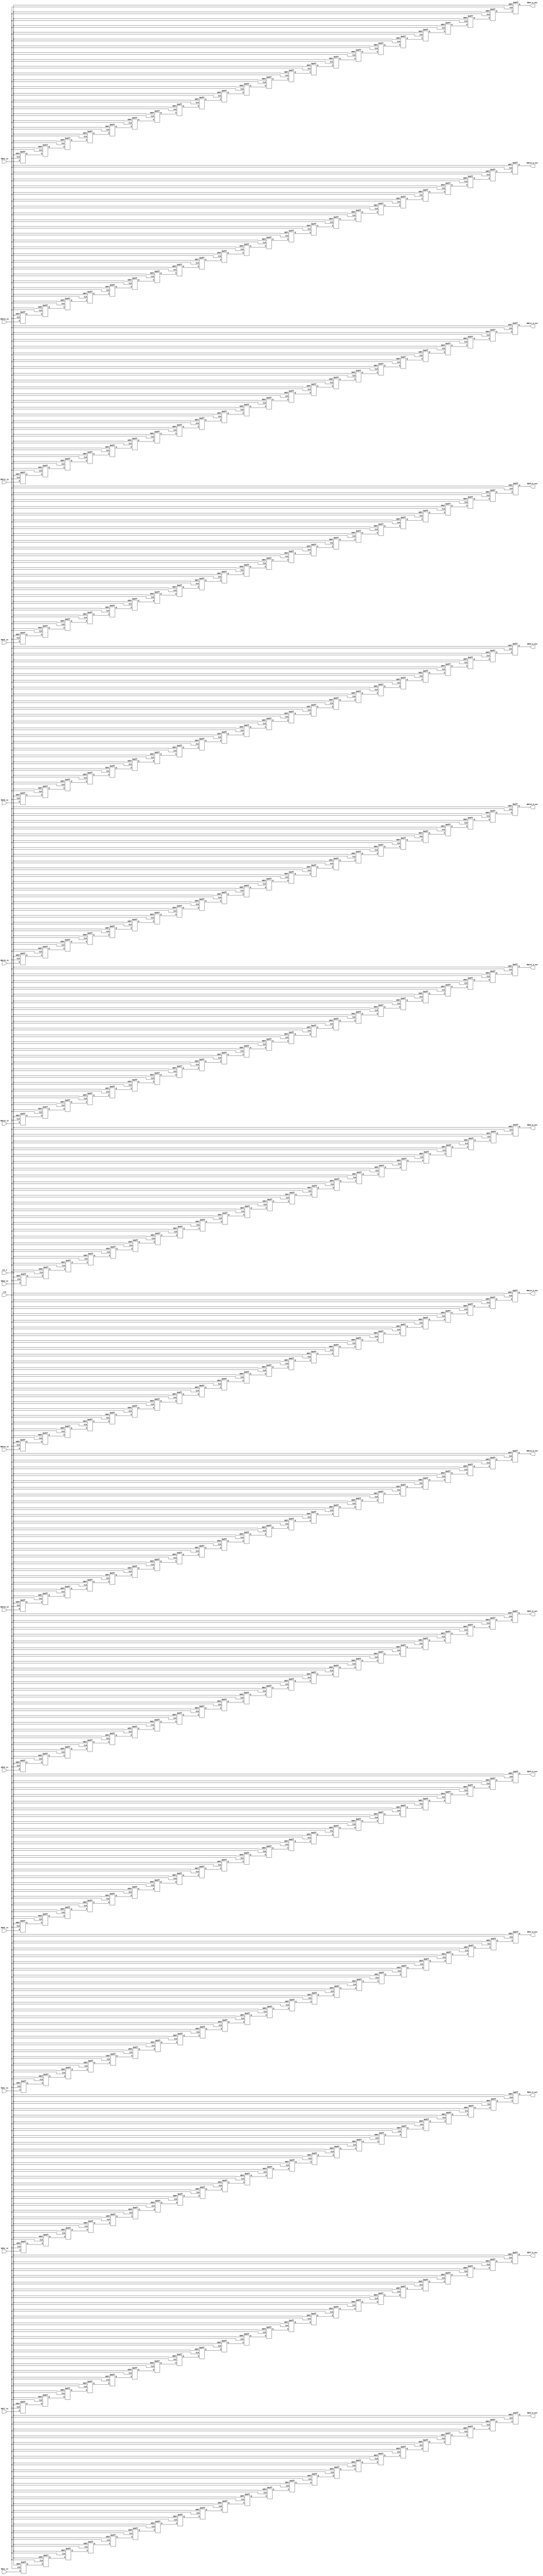
module R16_WD_buf(RDC0_D_out,                               
 			       RDC1_D_out,                              
 				   RDC2_D_out,                              
 				   RDC3_D_out,                              
 				   RDC4_D_out,                              
 				   RDC5_D_out,                              
 				   RDC6_D_out,                              
 				   RDC7_D_out,                              
 				   RDC8_D_out,                              
 				   RDC9_D_out,                              
 				   RDC10_D_out,                             
 				   RDC11_D_out,                             
 				   RDC12_D_out,                             
 				   RDC13_D_out,                             
 				   RDC14_D_out,                             
 				   RDC15_D_out,                             
 		           RDC0_in,                                 
 				   RDC1_in,                                 
 				   RDC2_in,                                 
 				   RDC3_in,                                 
 				   RDC4_in,                                 
 				   RDC5_in,                                 
 				   RDC6_in,                                 
 				   RDC7_in,                                 
 				   RDC8_in,                                 
 				   RDC9_in,                                 
 				   RDC10_in,                                
 				   RDC11_in,                                
 				   RDC12_in,                                
 				   RDC13_in,                                
 				   RDC14_in,                                
 				   RDC15_in,                                
                   rst_n,                                    
                   clk                                       
                   ) ;                                       
 parameter P_WIDTH     = 64 ;                                
                                                             
 parameter P_ZERO    = 64'h0 ;                               
                                                             
                                                             
 output [P_WIDTH-1:0] RDC0_D_out ;                           
 output [P_WIDTH-1:0] RDC1_D_out ;                           
 output [P_WIDTH-1:0] RDC2_D_out ;                           
 output [P_WIDTH-1:0] RDC3_D_out ;                           
 output [P_WIDTH-1:0] RDC4_D_out ;                           
 output [P_WIDTH-1:0] RDC5_D_out ;                           
 output [P_WIDTH-1:0] RDC6_D_out ;                           
 output [P_WIDTH-1:0] RDC7_D_out ;                           
 output [P_WIDTH-1:0] RDC8_D_out ;                           
 output [P_WIDTH-1:0] RDC9_D_out ;                           
 output [P_WIDTH-1:0] RDC10_D_out ;                          
 output [P_WIDTH-1:0] RDC11_D_out ;                          
 output [P_WIDTH-1:0] RDC12_D_out ;                          
 output [P_WIDTH-1:0] RDC13_D_out ;                          
 output [P_WIDTH-1:0] RDC14_D_out ;                          
 output [P_WIDTH-1:0] RDC15_D_out ;                          
                                                             
 input [P_WIDTH-1:0] RDC0_in ;                               
 input [P_WIDTH-1:0] RDC1_in ;                               
 input [P_WIDTH-1:0] RDC2_in ;                               
 input [P_WIDTH-1:0] RDC3_in ;                               
 input [P_WIDTH-1:0] RDC4_in ;                               
 input [P_WIDTH-1:0] RDC5_in ;                               
 input [P_WIDTH-1:0] RDC6_in ;                               
 input [P_WIDTH-1:0] RDC7_in ;                               
 input [P_WIDTH-1:0] RDC8_in ;                               
 input [P_WIDTH-1:0] RDC9_in ;                               
 input [P_WIDTH-1:0] RDC10_in ;                              
 input [P_WIDTH-1:0] RDC11_in ;                              
 input [P_WIDTH-1:0] RDC12_in ;                              
 input [P_WIDTH-1:0] RDC13_in ;                              
 input [P_WIDTH-1:0] RDC14_in ;                              
 input [P_WIDTH-1:0] RDC15_in ;                              
 input               rst_n ;                                 
 input               clk ;                                   
                                                             
                                                             
 reg  [P_WIDTH-1:0] RDC0_D_out ;                             
 reg  [P_WIDTH-1:0] RDC1_D_out ;                             
 reg  [P_WIDTH-1:0] RDC2_D_out ;                             
 reg  [P_WIDTH-1:0] RDC3_D_out ;                             
 reg  [P_WIDTH-1:0] RDC4_D_out ;                             
 reg  [P_WIDTH-1:0] RDC5_D_out ;                             
 reg  [P_WIDTH-1:0] RDC6_D_out ;                             
 reg  [P_WIDTH-1:0] RDC7_D_out ;                             
 reg  [P_WIDTH-1:0] RDC8_D_out ;                             
 reg  [P_WIDTH-1:0] RDC9_D_out ;                             
 reg  [P_WIDTH-1:0] RDC10_D_out ;                            
 reg  [P_WIDTH-1:0] RDC11_D_out ;                            
 reg  [P_WIDTH-1:0] RDC12_D_out ;                            
 reg  [P_WIDTH-1:0] RDC13_D_out ;                            
 reg  [P_WIDTH-1:0] RDC14_D_out ;                            
 reg  [P_WIDTH-1:0] RDC15_D_out ;                            
                                                             
 reg  [P_WIDTH-1:0] RDC0_D0_reg ;                            
 reg  [P_WIDTH-1:0] RDC0_D1_reg ;                            
 reg  [P_WIDTH-1:0] RDC0_D2_reg ;                            
 reg  [P_WIDTH-1:0] RDC0_D3_reg ;                            
 reg  [P_WIDTH-1:0] RDC0_D4_reg ;                            
 reg  [P_WIDTH-1:0] RDC0_D5_reg ;                            
 reg  [P_WIDTH-1:0] RDC0_D6_reg ;                            
 reg  [P_WIDTH-1:0] RDC0_D7_reg ;                            
 reg  [P_WIDTH-1:0] RDC0_D8_reg ;                            
 reg  [P_WIDTH-1:0] RDC0_D9_reg ;                            
 reg  [P_WIDTH-1:0] RDC0_D10_reg ;                           
 reg  [P_WIDTH-1:0] RDC0_D11_reg  ;                          
 reg  [P_WIDTH-1:0] RDC0_D12_reg  ;                          
 reg  [P_WIDTH-1:0] RDC0_D13_reg  ;                          
 reg  [P_WIDTH-1:0] RDC0_D14_reg  ;                          
 reg  [P_WIDTH-1:0] RDC0_D15_reg  ;                          
 reg  [P_WIDTH-1:0] RDC0_D16_reg  ;                          
 reg  [P_WIDTH-1:0] RDC0_D17_reg  ;                          
 reg  [P_WIDTH-1:0] RDC0_D18_reg  ;                          
 reg  [P_WIDTH-1:0] RDC0_D19_reg  ;                          
 reg  [P_WIDTH-1:0] RDC0_D20_reg  ;                          
 reg  [P_WIDTH-1:0] RDC0_D21_reg  ;                          
                                                             
 reg  [P_WIDTH-1:0] RDC1_D0_reg ;                            
 reg  [P_WIDTH-1:0] RDC1_D1_reg ;                            
 reg  [P_WIDTH-1:0] RDC1_D2_reg ;                            
 reg  [P_WIDTH-1:0] RDC1_D3_reg ;                            
 reg  [P_WIDTH-1:0] RDC1_D4_reg ;                            
 reg  [P_WIDTH-1:0] RDC1_D5_reg ;                            
 reg  [P_WIDTH-1:0] RDC1_D6_reg ;                            
 reg  [P_WIDTH-1:0] RDC1_D7_reg ;                            
 reg  [P_WIDTH-1:0] RDC1_D8_reg ;                            
 reg  [P_WIDTH-1:0] RDC1_D9_reg ;                            
 reg  [P_WIDTH-1:0] RDC1_D10_reg ;                           
 reg  [P_WIDTH-1:0] RDC1_D11_reg  ;                          
 reg  [P_WIDTH-1:0] RDC1_D12_reg  ;                          
 reg  [P_WIDTH-1:0] RDC1_D13_reg  ;                          
 reg  [P_WIDTH-1:0] RDC1_D14_reg  ;                          
 reg  [P_WIDTH-1:0] RDC1_D15_reg  ;                          
 reg  [P_WIDTH-1:0] RDC1_D16_reg  ;                          
 reg  [P_WIDTH-1:0] RDC1_D17_reg  ;                          
 reg  [P_WIDTH-1:0] RDC1_D18_reg  ;                          
 reg  [P_WIDTH-1:0] RDC1_D19_reg  ;                          
 reg  [P_WIDTH-1:0] RDC1_D20_reg  ;                          
 reg  [P_WIDTH-1:0] RDC1_D21_reg  ;                          
                                                             
 reg  [P_WIDTH-1:0] RDC2_D0_reg ;                            
 reg  [P_WIDTH-1:0] RDC2_D1_reg ;                            
 reg  [P_WIDTH-1:0] RDC2_D2_reg ;                            
 reg  [P_WIDTH-1:0] RDC2_D3_reg ;                            
 reg  [P_WIDTH-1:0] RDC2_D4_reg ;                            
 reg  [P_WIDTH-1:0] RDC2_D5_reg ;                            
 reg  [P_WIDTH-1:0] RDC2_D6_reg ;                            
 reg  [P_WIDTH-1:0] RDC2_D7_reg ;                            
 reg  [P_WIDTH-1:0] RDC2_D8_reg ;                            
 reg  [P_WIDTH-1:0] RDC2_D9_reg ;                            
 reg  [P_WIDTH-1:0] RDC2_D10_reg ;                           
 reg  [P_WIDTH-1:0] RDC2_D11_reg  ;                          
 reg  [P_WIDTH-1:0] RDC2_D12_reg  ;                          
 reg  [P_WIDTH-1:0] RDC2_D13_reg  ;                          
 reg  [P_WIDTH-1:0] RDC2_D14_reg  ;                          
 reg  [P_WIDTH-1:0] RDC2_D15_reg  ;                          
 reg  [P_WIDTH-1:0] RDC2_D16_reg  ;                          
 reg  [P_WIDTH-1:0] RDC2_D17_reg  ;                          
 reg  [P_WIDTH-1:0] RDC2_D18_reg  ;                          
 reg  [P_WIDTH-1:0] RDC2_D19_reg  ;                          
 reg  [P_WIDTH-1:0] RDC2_D20_reg  ;                          
 reg  [P_WIDTH-1:0] RDC2_D21_reg  ;                          
                                                             
 reg  [P_WIDTH-1:0] RDC3_D0_reg ;                            
 reg  [P_WIDTH-1:0] RDC3_D1_reg ;                            
 reg  [P_WIDTH-1:0] RDC3_D2_reg ;                            
 reg  [P_WIDTH-1:0] RDC3_D3_reg ;                            
 reg  [P_WIDTH-1:0] RDC3_D4_reg ;                            
 reg  [P_WIDTH-1:0] RDC3_D5_reg ;                            
 reg  [P_WIDTH-1:0] RDC3_D6_reg ;                            
 reg  [P_WIDTH-1:0] RDC3_D7_reg ;                            
 reg  [P_WIDTH-1:0] RDC3_D8_reg ;                            
 reg  [P_WIDTH-1:0] RDC3_D9_reg ;                            
 reg  [P_WIDTH-1:0] RDC3_D10_reg ;                           
 reg  [P_WIDTH-1:0] RDC3_D11_reg  ;                          
 reg  [P_WIDTH-1:0] RDC3_D12_reg  ;                          
 reg  [P_WIDTH-1:0] RDC3_D13_reg  ;                          
 reg  [P_WIDTH-1:0] RDC3_D14_reg  ;                          
 reg  [P_WIDTH-1:0] RDC3_D15_reg  ;                          
 reg  [P_WIDTH-1:0] RDC3_D16_reg  ;                          
 reg  [P_WIDTH-1:0] RDC3_D17_reg  ;                          
 reg  [P_WIDTH-1:0] RDC3_D18_reg  ;                          
 reg  [P_WIDTH-1:0] RDC3_D19_reg  ;                          
 reg  [P_WIDTH-1:0] RDC3_D20_reg  ;                          
 reg  [P_WIDTH-1:0] RDC3_D21_reg  ;                          
                                                             
 reg  [P_WIDTH-1:0] RDC4_D0_reg ;                            
 reg  [P_WIDTH-1:0] RDC4_D1_reg ;                            
 reg  [P_WIDTH-1:0] RDC4_D2_reg ;                            
 reg  [P_WIDTH-1:0] RDC4_D3_reg ;                            
 reg  [P_WIDTH-1:0] RDC4_D4_reg ;                            
 reg  [P_WIDTH-1:0] RDC4_D5_reg ;                            
 reg  [P_WIDTH-1:0] RDC4_D6_reg ;                            
 reg  [P_WIDTH-1:0] RDC4_D7_reg ;                            
 reg  [P_WIDTH-1:0] RDC4_D8_reg ;                            
 reg  [P_WIDTH-1:0] RDC4_D9_reg ;                            
 reg  [P_WIDTH-1:0] RDC4_D10_reg ;                           
 reg  [P_WIDTH-1:0] RDC4_D11_reg  ;                          
 reg  [P_WIDTH-1:0] RDC4_D12_reg  ;                          
 reg  [P_WIDTH-1:0] RDC4_D13_reg  ;                          
 reg  [P_WIDTH-1:0] RDC4_D14_reg  ;                          
 reg  [P_WIDTH-1:0] RDC4_D15_reg  ;                          
 reg  [P_WIDTH-1:0] RDC4_D16_reg  ;                          
 reg  [P_WIDTH-1:0] RDC4_D17_reg  ;                          
 reg  [P_WIDTH-1:0] RDC4_D18_reg  ;                          
 reg  [P_WIDTH-1:0] RDC4_D19_reg  ;                          
 reg  [P_WIDTH-1:0] RDC4_D20_reg  ;                          
 reg  [P_WIDTH-1:0] RDC4_D21_reg  ;                          
                                                             
 reg  [P_WIDTH-1:0] RDC5_D0_reg ;                            
 reg  [P_WIDTH-1:0] RDC5_D1_reg ;                            
 reg  [P_WIDTH-1:0] RDC5_D2_reg ;                            
 reg  [P_WIDTH-1:0] RDC5_D3_reg ;                            
 reg  [P_WIDTH-1:0] RDC5_D4_reg ;                            
 reg  [P_WIDTH-1:0] RDC5_D5_reg ;                            
 reg  [P_WIDTH-1:0] RDC5_D6_reg ;                            
 reg  [P_WIDTH-1:0] RDC5_D7_reg ;                            
 reg  [P_WIDTH-1:0] RDC5_D8_reg ;                            
 reg  [P_WIDTH-1:0] RDC5_D9_reg ;                            
 reg  [P_WIDTH-1:0] RDC5_D10_reg ;                           
 reg  [P_WIDTH-1:0] RDC5_D11_reg  ;                          
 reg  [P_WIDTH-1:0] RDC5_D12_reg  ;                          
 reg  [P_WIDTH-1:0] RDC5_D13_reg  ;                          
 reg  [P_WIDTH-1:0] RDC5_D14_reg  ;                          
 reg  [P_WIDTH-1:0] RDC5_D15_reg  ;                          
 reg  [P_WIDTH-1:0] RDC5_D16_reg  ;                          
 reg  [P_WIDTH-1:0] RDC5_D17_reg  ;                          
 reg  [P_WIDTH-1:0] RDC5_D18_reg  ;                          
 reg  [P_WIDTH-1:0] RDC5_D19_reg  ;                          
 reg  [P_WIDTH-1:0] RDC5_D20_reg  ;                          
 reg  [P_WIDTH-1:0] RDC5_D21_reg  ;                          
                                                             
 reg  [P_WIDTH-1:0] RDC6_D0_reg ;                            
 reg  [P_WIDTH-1:0] RDC6_D1_reg ;                            
 reg  [P_WIDTH-1:0] RDC6_D2_reg ;                            
 reg  [P_WIDTH-1:0] RDC6_D3_reg ;                            
 reg  [P_WIDTH-1:0] RDC6_D4_reg ;                            
 reg  [P_WIDTH-1:0] RDC6_D5_reg ;                            
 reg  [P_WIDTH-1:0] RDC6_D6_reg ;                            
 reg  [P_WIDTH-1:0] RDC6_D7_reg ;                            
 reg  [P_WIDTH-1:0] RDC6_D8_reg ;                            
 reg  [P_WIDTH-1:0] RDC6_D9_reg ;                            
 reg  [P_WIDTH-1:0] RDC6_D10_reg ;                           
 reg  [P_WIDTH-1:0] RDC6_D11_reg  ;                          
 reg  [P_WIDTH-1:0] RDC6_D12_reg  ;                          
 reg  [P_WIDTH-1:0] RDC6_D13_reg  ;                          
 reg  [P_WIDTH-1:0] RDC6_D14_reg  ;                          
 reg  [P_WIDTH-1:0] RDC6_D15_reg  ;                          
 reg  [P_WIDTH-1:0] RDC6_D16_reg  ;                          
 reg  [P_WIDTH-1:0] RDC6_D17_reg  ;                          
 reg  [P_WIDTH-1:0] RDC6_D18_reg  ;                          
 reg  [P_WIDTH-1:0] RDC6_D19_reg  ;                          
 reg  [P_WIDTH-1:0] RDC6_D20_reg  ;                          
 reg  [P_WIDTH-1:0] RDC6_D21_reg  ;                          
                                                             
 reg  [P_WIDTH-1:0] RDC7_D0_reg ;                            
 reg  [P_WIDTH-1:0] RDC7_D1_reg ;                            
 reg  [P_WIDTH-1:0] RDC7_D2_reg ;                            
 reg  [P_WIDTH-1:0] RDC7_D3_reg ;                            
 reg  [P_WIDTH-1:0] RDC7_D4_reg ;                            
 reg  [P_WIDTH-1:0] RDC7_D5_reg ;                            
 reg  [P_WIDTH-1:0] RDC7_D6_reg ;                            
 reg  [P_WIDTH-1:0] RDC7_D7_reg ;                            
 reg  [P_WIDTH-1:0] RDC7_D8_reg ;                            
 reg  [P_WIDTH-1:0] RDC7_D9_reg ;                            
 reg  [P_WIDTH-1:0] RDC7_D10_reg ;                           
 reg  [P_WIDTH-1:0] RDC7_D11_reg  ;                          
 reg  [P_WIDTH-1:0] RDC7_D12_reg  ;                          
 reg  [P_WIDTH-1:0] RDC7_D13_reg  ;                          
 reg  [P_WIDTH-1:0] RDC7_D14_reg  ;                          
 reg  [P_WIDTH-1:0] RDC7_D15_reg  ;                          
 reg  [P_WIDTH-1:0] RDC7_D16_reg  ;                          
 reg  [P_WIDTH-1:0] RDC7_D17_reg  ;                          
 reg  [P_WIDTH-1:0] RDC7_D18_reg  ;                          
 reg  [P_WIDTH-1:0] RDC7_D19_reg  ;                          
 reg  [P_WIDTH-1:0] RDC7_D20_reg  ;                          
 reg  [P_WIDTH-1:0] RDC7_D21_reg  ;                          
                                                             
 reg  [P_WIDTH-1:0] RDC8_D0_reg ;                            
 reg  [P_WIDTH-1:0] RDC8_D1_reg ;                            
 reg  [P_WIDTH-1:0] RDC8_D2_reg ;                            
 reg  [P_WIDTH-1:0] RDC8_D3_reg ;                            
 reg  [P_WIDTH-1:0] RDC8_D4_reg ;                            
 reg  [P_WIDTH-1:0] RDC8_D5_reg ;                            
 reg  [P_WIDTH-1:0] RDC8_D6_reg ;                            
 reg  [P_WIDTH-1:0] RDC8_D7_reg ;                            
 reg  [P_WIDTH-1:0] RDC8_D8_reg ;                            
 reg  [P_WIDTH-1:0] RDC8_D9_reg ;                            
 reg  [P_WIDTH-1:0] RDC8_D10_reg ;                           
 reg  [P_WIDTH-1:0] RDC8_D11_reg  ;                          
 reg  [P_WIDTH-1:0] RDC8_D12_reg  ;                          
 reg  [P_WIDTH-1:0] RDC8_D13_reg  ;                          
 reg  [P_WIDTH-1:0] RDC8_D14_reg  ;                          
 reg  [P_WIDTH-1:0] RDC8_D15_reg  ;                          
 reg  [P_WIDTH-1:0] RDC8_D16_reg  ;                          
 reg  [P_WIDTH-1:0] RDC8_D17_reg  ;                          
 reg  [P_WIDTH-1:0] RDC8_D18_reg  ;                          
 reg  [P_WIDTH-1:0] RDC8_D19_reg  ;                          
 reg  [P_WIDTH-1:0] RDC8_D20_reg  ;                          
 reg  [P_WIDTH-1:0] RDC8_D21_reg  ;                          
                                                             
 reg  [P_WIDTH-1:0] RDC9_D0_reg ;                            
 reg  [P_WIDTH-1:0] RDC9_D1_reg ;                            
 reg  [P_WIDTH-1:0] RDC9_D2_reg ;                            
 reg  [P_WIDTH-1:0] RDC9_D3_reg ;                            
 reg  [P_WIDTH-1:0] RDC9_D4_reg ;                            
 reg  [P_WIDTH-1:0] RDC9_D5_reg ;                            
 reg  [P_WIDTH-1:0] RDC9_D6_reg ;                            
 reg  [P_WIDTH-1:0] RDC9_D7_reg ;                            
 reg  [P_WIDTH-1:0] RDC9_D8_reg ;                            
 reg  [P_WIDTH-1:0] RDC9_D9_reg ;                            
 reg  [P_WIDTH-1:0] RDC9_D10_reg ;                           
 reg  [P_WIDTH-1:0] RDC9_D11_reg  ;                          
 reg  [P_WIDTH-1:0] RDC9_D12_reg  ;                          
 reg  [P_WIDTH-1:0] RDC9_D13_reg  ;                          
 reg  [P_WIDTH-1:0] RDC9_D14_reg  ;                          
 reg  [P_WIDTH-1:0] RDC9_D15_reg  ;                          
 reg  [P_WIDTH-1:0] RDC9_D16_reg  ;                          
 reg  [P_WIDTH-1:0] RDC9_D17_reg  ;                          
 reg  [P_WIDTH-1:0] RDC9_D18_reg  ;                          
 reg  [P_WIDTH-1:0] RDC9_D19_reg  ;                          
 reg  [P_WIDTH-1:0] RDC9_D20_reg  ;                          
 reg  [P_WIDTH-1:0] RDC9_D21_reg  ;                          
                                                             
 reg  [P_WIDTH-1:0] RDC10_D0_reg ;                           
 reg  [P_WIDTH-1:0] RDC10_D1_reg ;                           
 reg  [P_WIDTH-1:0] RDC10_D2_reg ;                           
 reg  [P_WIDTH-1:0] RDC10_D3_reg ;                           
 reg  [P_WIDTH-1:0] RDC10_D4_reg ;                           
 reg  [P_WIDTH-1:0] RDC10_D5_reg ;                           
 reg  [P_WIDTH-1:0] RDC10_D6_reg ;                           
 reg  [P_WIDTH-1:0] RDC10_D7_reg ;                           
 reg  [P_WIDTH-1:0] RDC10_D8_reg ;                           
 reg  [P_WIDTH-1:0] RDC10_D9_reg ;                           
 reg  [P_WIDTH-1:0] RDC10_D10_reg ;                          
 reg  [P_WIDTH-1:0] RDC10_D11_reg  ;                         
 reg  [P_WIDTH-1:0] RDC10_D12_reg  ;                         
 reg  [P_WIDTH-1:0] RDC10_D13_reg  ;                         
 reg  [P_WIDTH-1:0] RDC10_D14_reg  ;                         
 reg  [P_WIDTH-1:0] RDC10_D15_reg  ;                         
 reg  [P_WIDTH-1:0] RDC10_D16_reg  ;                         
 reg  [P_WIDTH-1:0] RDC10_D17_reg  ;                         
 reg  [P_WIDTH-1:0] RDC10_D18_reg  ;                         
 reg  [P_WIDTH-1:0] RDC10_D19_reg  ;                         
 reg  [P_WIDTH-1:0] RDC10_D20_reg  ;                         
 reg  [P_WIDTH-1:0] RDC10_D21_reg  ;                         
                                                             
 reg  [P_WIDTH-1:0] RDC11_D0_reg ;                           
 reg  [P_WIDTH-1:0] RDC11_D1_reg ;                           
 reg  [P_WIDTH-1:0] RDC11_D2_reg ;                           
 reg  [P_WIDTH-1:0] RDC11_D3_reg ;                           
 reg  [P_WIDTH-1:0] RDC11_D4_reg ;                           
 reg  [P_WIDTH-1:0] RDC11_D5_reg ;                           
 reg  [P_WIDTH-1:0] RDC11_D6_reg ;                           
 reg  [P_WIDTH-1:0] RDC11_D7_reg ;                           
 reg  [P_WIDTH-1:0] RDC11_D8_reg ;                           
 reg  [P_WIDTH-1:0] RDC11_D9_reg ;                           
 reg  [P_WIDTH-1:0] RDC11_D10_reg ;                          
 reg  [P_WIDTH-1:0] RDC11_D11_reg  ;                         
 reg  [P_WIDTH-1:0] RDC11_D12_reg  ;                         
 reg  [P_WIDTH-1:0] RDC11_D13_reg  ;                         
 reg  [P_WIDTH-1:0] RDC11_D14_reg  ;                         
 reg  [P_WIDTH-1:0] RDC11_D15_reg  ;                         
 reg  [P_WIDTH-1:0] RDC11_D16_reg  ;                         
 reg  [P_WIDTH-1:0] RDC11_D17_reg  ;                         
 reg  [P_WIDTH-1:0] RDC11_D18_reg  ;                         
 reg  [P_WIDTH-1:0] RDC11_D19_reg  ;                         
 reg  [P_WIDTH-1:0] RDC11_D20_reg  ;                         
 reg  [P_WIDTH-1:0] RDC11_D21_reg  ;                         
                                                             
 reg  [P_WIDTH-1:0] RDC12_D0_reg ;                           
 reg  [P_WIDTH-1:0] RDC12_D1_reg ;                           
 reg  [P_WIDTH-1:0] RDC12_D2_reg ;                           
 reg  [P_WIDTH-1:0] RDC12_D3_reg ;                           
 reg  [P_WIDTH-1:0] RDC12_D4_reg ;                           
 reg  [P_WIDTH-1:0] RDC12_D5_reg ;                           
 reg  [P_WIDTH-1:0] RDC12_D6_reg ;                           
 reg  [P_WIDTH-1:0] RDC12_D7_reg ;                           
 reg  [P_WIDTH-1:0] RDC12_D8_reg ;                           
 reg  [P_WIDTH-1:0] RDC12_D9_reg ;                           
 reg  [P_WIDTH-1:0] RDC12_D10_reg ;                          
 reg  [P_WIDTH-1:0] RDC12_D11_reg  ;                         
 reg  [P_WIDTH-1:0] RDC12_D12_reg  ;                         
 reg  [P_WIDTH-1:0] RDC12_D13_reg  ;                         
 reg  [P_WIDTH-1:0] RDC12_D14_reg  ;                         
 reg  [P_WIDTH-1:0] RDC12_D15_reg  ;                         
 reg  [P_WIDTH-1:0] RDC12_D16_reg  ;                         
 reg  [P_WIDTH-1:0] RDC12_D17_reg  ;                         
 reg  [P_WIDTH-1:0] RDC12_D18_reg  ;                         
 reg  [P_WIDTH-1:0] RDC12_D19_reg  ;                         
 reg  [P_WIDTH-1:0] RDC12_D20_reg  ;                         
 reg  [P_WIDTH-1:0] RDC12_D21_reg  ;                         
                                                             
 reg  [P_WIDTH-1:0] RDC13_D0_reg ;                           
 reg  [P_WIDTH-1:0] RDC13_D1_reg ;                           
 reg  [P_WIDTH-1:0] RDC13_D2_reg ;                           
 reg  [P_WIDTH-1:0] RDC13_D3_reg ;                           
 reg  [P_WIDTH-1:0] RDC13_D4_reg ;                           
 reg  [P_WIDTH-1:0] RDC13_D5_reg ;                           
 reg  [P_WIDTH-1:0] RDC13_D6_reg ;                           
 reg  [P_WIDTH-1:0] RDC13_D7_reg ;                           
 reg  [P_WIDTH-1:0] RDC13_D8_reg ;                           
 reg  [P_WIDTH-1:0] RDC13_D9_reg ;                           
 reg  [P_WIDTH-1:0] RDC13_D10_reg ;                          
 reg  [P_WIDTH-1:0] RDC13_D11_reg  ;                         
 reg  [P_WIDTH-1:0] RDC13_D12_reg  ;                         
 reg  [P_WIDTH-1:0] RDC13_D13_reg  ;                         
 reg  [P_WIDTH-1:0] RDC13_D14_reg  ;                         
 reg  [P_WIDTH-1:0] RDC13_D15_reg  ;                         
 reg  [P_WIDTH-1:0] RDC13_D16_reg  ;                         
 reg  [P_WIDTH-1:0] RDC13_D17_reg  ;                         
 reg  [P_WIDTH-1:0] RDC13_D18_reg  ;                         
 reg  [P_WIDTH-1:0] RDC13_D19_reg  ;                         
 reg  [P_WIDTH-1:0] RDC13_D20_reg  ;                         
 reg  [P_WIDTH-1:0] RDC13_D21_reg  ;                         
                                                             
 reg  [P_WIDTH-1:0] RDC14_D0_reg ;                           
 reg  [P_WIDTH-1:0] RDC14_D1_reg ;                           
 reg  [P_WIDTH-1:0] RDC14_D2_reg ;                           
 reg  [P_WIDTH-1:0] RDC14_D3_reg ;                           
 reg  [P_WIDTH-1:0] RDC14_D4_reg ;                           
 reg  [P_WIDTH-1:0] RDC14_D5_reg ;                           
 reg  [P_WIDTH-1:0] RDC14_D6_reg ;                           
 reg  [P_WIDTH-1:0] RDC14_D7_reg ;                           
 reg  [P_WIDTH-1:0] RDC14_D8_reg ;                           
 reg  [P_WIDTH-1:0] RDC14_D9_reg ;                           
 reg  [P_WIDTH-1:0] RDC14_D10_reg ;                          
 reg  [P_WIDTH-1:0] RDC14_D11_reg  ;                         
 reg  [P_WIDTH-1:0] RDC14_D12_reg  ;                         
 reg  [P_WIDTH-1:0] RDC14_D13_reg  ;                         
 reg  [P_WIDTH-1:0] RDC14_D14_reg  ;                         
 reg  [P_WIDTH-1:0] RDC14_D15_reg  ;                         
 reg  [P_WIDTH-1:0] RDC14_D16_reg  ;                         
 reg  [P_WIDTH-1:0] RDC14_D17_reg  ;                         
 reg  [P_WIDTH-1:0] RDC14_D18_reg  ;                         
 reg  [P_WIDTH-1:0] RDC14_D19_reg  ;                         
 reg  [P_WIDTH-1:0] RDC14_D20_reg  ;                         
 reg  [P_WIDTH-1:0] RDC14_D21_reg  ;                         
                                                             
 reg  [P_WIDTH-1:0] RDC15_D0_reg ;                           
 reg  [P_WIDTH-1:0] RDC15_D1_reg ;                           
 reg  [P_WIDTH-1:0] RDC15_D2_reg ;                           
 reg  [P_WIDTH-1:0] RDC15_D3_reg ;                           
 reg  [P_WIDTH-1:0] RDC15_D4_reg ;                           
 reg  [P_WIDTH-1:0] RDC15_D5_reg ;                           
 reg  [P_WIDTH-1:0] RDC15_D6_reg ;                           
 reg  [P_WIDTH-1:0] RDC15_D7_reg ;                           
 reg  [P_WIDTH-1:0] RDC15_D8_reg ;                           
 reg  [P_WIDTH-1:0] RDC15_D9_reg ;                           
 reg  [P_WIDTH-1:0] RDC15_D10_reg ;                          
 reg  [P_WIDTH-1:0] RDC15_D11_reg  ;                         
 reg  [P_WIDTH-1:0] RDC15_D12_reg  ;                         
 reg  [P_WIDTH-1:0] RDC15_D13_reg  ;                         
 reg  [P_WIDTH-1:0] RDC15_D14_reg  ;                         
 reg  [P_WIDTH-1:0] RDC15_D15_reg  ;                         
 reg  [P_WIDTH-1:0] RDC15_D16_reg  ;                         
 reg  [P_WIDTH-1:0] RDC15_D17_reg  ;                         
 reg  [P_WIDTH-1:0] RDC15_D18_reg  ;                         
 reg  [P_WIDTH-1:0] RDC15_D19_reg  ;                         
 reg  [P_WIDTH-1:0] RDC15_D20_reg  ;                         
 reg  [P_WIDTH-1:0] RDC15_D21_reg  ;                         
                                                             
 	//RDC output delay 23 cycles                            
 	always @(posedge clk or negedge rst_n) begin            
 		if(~rst_n) begin                                    
 			RDC0_D0_reg  <= P_ZERO ;                        
 			RDC0_D1_reg  <= P_ZERO;                         
 			RDC0_D2_reg  <= P_ZERO;                         
 			RDC0_D3_reg  <= P_ZERO;                         
 			RDC0_D4_reg  <= P_ZERO;                         
 			RDC0_D5_reg  <= P_ZERO;                         
 			RDC0_D6_reg  <= P_ZERO;                         
 			RDC0_D7_reg  <= P_ZERO;                         
 			RDC0_D8_reg  <= P_ZERO;                         
 			RDC0_D9_reg  <= P_ZERO;                         
 			RDC0_D10_reg <= P_ZERO;                         
 			RDC0_D11_reg <= P_ZERO ;                        
 			RDC0_D12_reg <= P_ZERO ;                        
 			RDC0_D13_reg <= P_ZERO ;                        
 			RDC0_D14_reg <= P_ZERO ;                        
 			RDC0_D15_reg <= P_ZERO ;                        
 			RDC0_D16_reg <= P_ZERO ;                        
 			RDC0_D17_reg <= P_ZERO ;                        
 			RDC0_D18_reg <= P_ZERO ;                        
 			RDC0_D19_reg <= P_ZERO ;                        
 			RDC0_D20_reg <= P_ZERO ;                        
 			RDC0_D21_reg <= P_ZERO ;                        
 			RDC0_D_out   <= P_ZERO ;                        
 			//                                              
 			RDC1_D0_reg  <= P_ZERO ;                        
 			RDC1_D1_reg  <= P_ZERO;                         
 			RDC1_D2_reg  <= P_ZERO;                         
 			RDC1_D3_reg  <= P_ZERO;                         
 			RDC1_D4_reg  <= P_ZERO;                         
 			RDC1_D5_reg  <= P_ZERO;                         
 			RDC1_D6_reg  <= P_ZERO;                         
 			RDC1_D7_reg  <= P_ZERO;                         
 			RDC1_D8_reg  <= P_ZERO;                         
 			RDC1_D9_reg  <= P_ZERO;                         
 			RDC1_D10_reg <= P_ZERO;                         
 			RDC1_D11_reg <= P_ZERO ;                        
 			RDC1_D12_reg <= P_ZERO ;                        
 			RDC1_D13_reg <= P_ZERO ;                        
 			RDC1_D14_reg <= P_ZERO ;                        
 			RDC1_D15_reg <= P_ZERO ;                        
 			RDC1_D16_reg <= P_ZERO ;                        
 			RDC1_D17_reg <= P_ZERO ;                        
 			RDC1_D18_reg <= P_ZERO ;                        
 			RDC1_D19_reg <= P_ZERO ;                        
 			RDC1_D20_reg <= P_ZERO ;                        
 			RDC1_D21_reg <= P_ZERO ;                        
 			RDC1_D_out   <= P_ZERO ;                        
 			//                                              
 			RDC2_D0_reg  <= P_ZERO ;                        
 			RDC2_D1_reg  <= P_ZERO;                         
 			RDC2_D2_reg  <= P_ZERO;                         
 			RDC2_D3_reg  <= P_ZERO;                         
 			RDC2_D4_reg  <= P_ZERO;                         
 			RDC2_D5_reg  <= P_ZERO;                         
 			RDC2_D6_reg  <= P_ZERO;                         
 			RDC2_D7_reg  <= P_ZERO;                         
 			RDC2_D8_reg  <= P_ZERO;                         
 			RDC2_D9_reg  <= P_ZERO;                         
 			RDC2_D10_reg <= P_ZERO;                         
 			RDC2_D11_reg <= P_ZERO ;                        
 			RDC2_D12_reg <= P_ZERO ;                        
 			RDC2_D13_reg <= P_ZERO ;                        
 			RDC2_D14_reg <= P_ZERO ;                        
 			RDC2_D15_reg <= P_ZERO ;                        
 			RDC2_D16_reg <= P_ZERO ;                        
 			RDC2_D17_reg <= P_ZERO ;                        
 			RDC2_D18_reg <= P_ZERO ;                        
 			RDC2_D19_reg <= P_ZERO ;                        
 			RDC2_D20_reg <= P_ZERO ;                        
 			RDC2_D21_reg <= P_ZERO ;                        
 			RDC2_D_out   <= P_ZERO ;                        
 			//                                              
 			RDC3_D0_reg  <= P_ZERO ;                        
 			RDC3_D1_reg  <= P_ZERO;                         
 			RDC3_D2_reg  <= P_ZERO;                         
 			RDC3_D3_reg  <= P_ZERO;                         
 			RDC3_D4_reg  <= P_ZERO;                         
 			RDC3_D5_reg  <= P_ZERO;                         
 			RDC3_D6_reg  <= P_ZERO;                         
 			RDC3_D7_reg  <= P_ZERO;                         
 			RDC3_D8_reg  <= P_ZERO;                         
 			RDC3_D9_reg  <= P_ZERO;                         
 			RDC3_D10_reg <= P_ZERO;                         
 			RDC3_D11_reg <= P_ZERO ;                        
 			RDC3_D12_reg <= P_ZERO ;                        
 			RDC3_D13_reg <= P_ZERO ;                        
 			RDC3_D14_reg <= P_ZERO ;                        
 			RDC3_D15_reg <= P_ZERO ;                        
 			RDC3_D16_reg <= P_ZERO ;                        
 			RDC3_D17_reg <= P_ZERO ;                        
 			RDC3_D18_reg <= P_ZERO ;                        
 			RDC3_D19_reg <= P_ZERO ;                        
 			RDC3_D20_reg <= P_ZERO ;                        
 			RDC3_D21_reg <= P_ZERO ;                        
 			RDC3_D_out   <= P_ZERO ;                        
 			//                                              
 			RDC4_D0_reg  <= P_ZERO ;                        
 			RDC4_D1_reg  <= P_ZERO;                         
 			RDC4_D2_reg  <= P_ZERO;                         
 			RDC4_D3_reg  <= P_ZERO;                         
 			RDC4_D4_reg  <= P_ZERO;                         
 			RDC4_D5_reg  <= P_ZERO;                         
 			RDC4_D6_reg  <= P_ZERO;                         
 			RDC4_D7_reg  <= P_ZERO;                         
 			RDC4_D8_reg  <= P_ZERO;                         
 			RDC4_D9_reg  <= P_ZERO;                         
 			RDC4_D10_reg <= P_ZERO;                         
 			RDC4_D11_reg <= P_ZERO ;                        
 			RDC4_D12_reg <= P_ZERO ;                        
 			RDC4_D13_reg <= P_ZERO ;                        
 			RDC4_D14_reg <= P_ZERO ;                        
 			RDC4_D15_reg <= P_ZERO ;                        
 			RDC4_D16_reg <= P_ZERO ;                        
 			RDC4_D17_reg <= P_ZERO ;                        
 			RDC4_D18_reg <= P_ZERO ;                        
 			RDC4_D19_reg <= P_ZERO ;                        
 			RDC4_D20_reg <= P_ZERO ;                        
 			RDC4_D21_reg <= P_ZERO ;                        
 			RDC4_D_out   <= P_ZERO ;                        
 			//                                              
 			RDC5_D0_reg  <= P_ZERO ;                        
 			RDC5_D1_reg  <= P_ZERO;                         
 			RDC5_D2_reg  <= P_ZERO;                         
 			RDC5_D3_reg  <= P_ZERO;                         
 			RDC5_D4_reg  <= P_ZERO;                         
 			RDC5_D5_reg  <= P_ZERO;                         
 			RDC5_D6_reg  <= P_ZERO;                         
 			RDC5_D7_reg  <= P_ZERO;                         
 			RDC5_D8_reg  <= P_ZERO;                         
 			RDC5_D9_reg  <= P_ZERO;                         
 			RDC5_D10_reg <= P_ZERO;                         
 			RDC5_D11_reg <= P_ZERO ;                        
 			RDC5_D12_reg <= P_ZERO ;                        
 			RDC5_D13_reg <= P_ZERO ;                        
 			RDC5_D14_reg <= P_ZERO ;                        
 			RDC5_D15_reg <= P_ZERO ;                        
 			RDC5_D16_reg <= P_ZERO ;                        
 			RDC5_D17_reg <= P_ZERO ;                        
 			RDC5_D18_reg <= P_ZERO ;                        
 			RDC5_D19_reg <= P_ZERO ;                        
 			RDC5_D20_reg <= P_ZERO ;                        
 			RDC5_D21_reg <= P_ZERO ;                        
 			RDC5_D_out   <= P_ZERO ;                        
 			//                                              
 			RDC6_D0_reg  <= P_ZERO ;                        
 			RDC6_D1_reg  <= P_ZERO;                         
 			RDC6_D2_reg  <= P_ZERO;                         
 			RDC6_D3_reg  <= P_ZERO;                         
 			RDC6_D4_reg  <= P_ZERO;                         
 			RDC6_D5_reg  <= P_ZERO;                         
 			RDC6_D6_reg  <= P_ZERO;                         
 			RDC6_D7_reg  <= P_ZERO;                         
 			RDC6_D8_reg  <= P_ZERO;                         
 			RDC6_D9_reg  <= P_ZERO;                         
 			RDC6_D10_reg <= P_ZERO;                         
 			RDC6_D11_reg <= P_ZERO ;                        
 			RDC6_D12_reg <= P_ZERO ;                        
 			RDC6_D13_reg <= P_ZERO ;                        
 			RDC6_D14_reg <= P_ZERO ;                        
 			RDC6_D15_reg <= P_ZERO ;                        
 			RDC6_D16_reg <= P_ZERO ;                        
 			RDC6_D17_reg <= P_ZERO ;                        
 			RDC6_D18_reg <= P_ZERO ;                        
 			RDC6_D19_reg <= P_ZERO ;                        
 			RDC6_D20_reg <= P_ZERO ;                        
 			RDC6_D21_reg <= P_ZERO ;                        
 			RDC6_D_out   <= P_ZERO ;                        
 			//                                              
 			RDC7_D0_reg  <= P_ZERO ;                        
 			RDC7_D1_reg  <= P_ZERO;                         
 			RDC7_D2_reg  <= P_ZERO;                         
 			RDC7_D3_reg  <= P_ZERO;                         
 			RDC7_D4_reg  <= P_ZERO;                         
 			RDC7_D5_reg  <= P_ZERO;                         
 			RDC7_D6_reg  <= P_ZERO;                         
 			RDC7_D7_reg  <= P_ZERO;                         
 			RDC7_D8_reg  <= P_ZERO;                         
 			RDC7_D9_reg  <= P_ZERO;                         
 			RDC7_D10_reg <= P_ZERO;                         
 			RDC7_D11_reg <= P_ZERO ;                        
 			RDC7_D12_reg <= P_ZERO ;                        
 			RDC7_D13_reg <= P_ZERO ;                        
 			RDC7_D14_reg <= P_ZERO ;                        
 			RDC7_D15_reg <= P_ZERO ;                        
 			RDC7_D16_reg <= P_ZERO ;                        
 			RDC7_D17_reg <= P_ZERO ;                        
 			RDC7_D18_reg <= P_ZERO ;                        
 			RDC7_D19_reg <= P_ZERO ;                        
 			RDC7_D20_reg <= P_ZERO ;                        
 			RDC7_D21_reg <= P_ZERO ;                        
 			RDC7_D_out   <= P_ZERO ;                        
 			//                                              
 			RDC8_D0_reg  <= P_ZERO ;                        
 			RDC8_D1_reg  <= P_ZERO;                         
 			RDC8_D2_reg  <= P_ZERO;                         
 			RDC8_D3_reg  <= P_ZERO;                         
 			RDC8_D4_reg  <= P_ZERO;                         
 			RDC8_D5_reg  <= P_ZERO;                         
 			RDC8_D6_reg  <= P_ZERO;                         
 			RDC8_D7_reg  <= P_ZERO;                         
 			RDC8_D8_reg  <= P_ZERO;                         
 			RDC8_D9_reg  <= P_ZERO;                         
 			RDC8_D10_reg <= P_ZERO;                         
 			RDC8_D11_reg <= P_ZERO ;                        
 			RDC8_D12_reg <= P_ZERO ;                        
 			RDC8_D13_reg <= P_ZERO ;                        
 			RDC8_D14_reg <= P_ZERO ;                        
 			RDC8_D15_reg <= P_ZERO ;                        
 			RDC8_D16_reg <= P_ZERO ;                        
 			RDC8_D17_reg <= P_ZERO ;                        
 			RDC8_D18_reg <= P_ZERO ;                        
 			RDC8_D19_reg <= P_ZERO ;                        
 			RDC8_D20_reg <= P_ZERO ;                        
 			RDC8_D21_reg <= P_ZERO ;                        
 			RDC8_D_out   <= P_ZERO ;                        
 			//                                              
 			RDC9_D0_reg  <= P_ZERO ;                        
 			RDC9_D1_reg  <= P_ZERO;                         
 			RDC9_D2_reg  <= P_ZERO;                         
 			RDC9_D3_reg  <= P_ZERO;                         
 			RDC9_D4_reg  <= P_ZERO;                         
 			RDC9_D5_reg  <= P_ZERO;                         
 			RDC9_D6_reg  <= P_ZERO;                         
 			RDC9_D7_reg  <= P_ZERO;                         
 			RDC9_D8_reg  <= P_ZERO;                         
 			RDC9_D9_reg  <= P_ZERO;                         
 			RDC9_D10_reg <= P_ZERO;                         
 			RDC9_D11_reg <= P_ZERO ;                        
 			RDC9_D12_reg <= P_ZERO ;                        
 			RDC9_D13_reg <= P_ZERO ;                        
 			RDC9_D14_reg <= P_ZERO ;                        
 			RDC9_D15_reg <= P_ZERO ;                        
 			RDC9_D16_reg <= P_ZERO ;                        
 			RDC9_D17_reg <= P_ZERO ;                        
 			RDC9_D18_reg <= P_ZERO ;                        
 			RDC9_D19_reg <= P_ZERO ;                        
 			RDC9_D20_reg <= P_ZERO ;                        
 			RDC9_D21_reg <= P_ZERO ;                        
 			RDC9_D_out   <= P_ZERO ;                        
 			//                                              
 			RDC10_D0_reg  <= P_ZERO ;                       
 			RDC10_D1_reg  <= P_ZERO;                        
 			RDC10_D2_reg  <= P_ZERO;                        
 			RDC10_D3_reg  <= P_ZERO;                        
 			RDC10_D4_reg  <= P_ZERO;                        
 			RDC10_D5_reg  <= P_ZERO;                        
 			RDC10_D6_reg  <= P_ZERO;                        
 			RDC10_D7_reg  <= P_ZERO;                        
 			RDC10_D8_reg  <= P_ZERO;                        
 			RDC10_D9_reg  <= P_ZERO;                        
 			RDC10_D10_reg <= P_ZERO;                        
 			RDC10_D11_reg <= P_ZERO ;                       
 			RDC10_D12_reg <= P_ZERO ;                       
 			RDC10_D13_reg <= P_ZERO ;                       
 			RDC10_D14_reg <= P_ZERO ;                       
 			RDC10_D15_reg <= P_ZERO ;                       
 			RDC10_D16_reg <= P_ZERO ;                       
 			RDC10_D17_reg <= P_ZERO ;                       
 			RDC10_D18_reg <= P_ZERO ;                       
 			RDC10_D19_reg <= P_ZERO ;                       
 			RDC10_D20_reg <= P_ZERO ;                       
 			RDC10_D21_reg <= P_ZERO ;                       
 			RDC10_D_out   <= P_ZERO ;                       
 			//                                              
 			RDC11_D0_reg  <= P_ZERO ;                       
 			RDC11_D1_reg  <= P_ZERO;                        
 			RDC11_D2_reg  <= P_ZERO;                        
 			RDC11_D3_reg  <= P_ZERO;                        
 			RDC11_D4_reg  <= P_ZERO;                        
 			RDC11_D5_reg  <= P_ZERO;                        
 			RDC11_D6_reg  <= P_ZERO;                        
 			RDC11_D7_reg  <= P_ZERO;                        
 			RDC11_D8_reg  <= P_ZERO;                        
 			RDC11_D9_reg  <= P_ZERO;                        
 			RDC11_D10_reg <= P_ZERO;                        
 			RDC11_D11_reg <= P_ZERO ;                       
 			RDC11_D12_reg <= P_ZERO ;                       
 			RDC11_D13_reg <= P_ZERO ;                       
 			RDC11_D14_reg <= P_ZERO ;                       
 			RDC11_D15_reg <= P_ZERO ;                       
 			RDC11_D16_reg <= P_ZERO ;                       
 			RDC11_D17_reg <= P_ZERO ;                       
 			RDC11_D18_reg <= P_ZERO ;                       
 			RDC11_D19_reg <= P_ZERO ;                       
 			RDC11_D20_reg <= P_ZERO ;                       
 			RDC11_D21_reg <= P_ZERO ;                       
 			RDC11_D_out   <= P_ZERO ;                       
 			//                                              
 			RDC12_D0_reg  <= P_ZERO ;                       
 			RDC12_D1_reg  <= P_ZERO;                        
 			RDC12_D2_reg  <= P_ZERO;                        
 			RDC12_D3_reg  <= P_ZERO;                        
 			RDC12_D4_reg  <= P_ZERO;                        
 			RDC12_D5_reg  <= P_ZERO;                        
 			RDC12_D6_reg  <= P_ZERO;                        
 			RDC12_D7_reg  <= P_ZERO;                        
 			RDC12_D8_reg  <= P_ZERO;                        
 			RDC12_D9_reg  <= P_ZERO;                        
 			RDC12_D10_reg <= P_ZERO;                        
 			RDC12_D11_reg <= P_ZERO ;                       
 			RDC12_D12_reg <= P_ZERO ;                       
 			RDC12_D13_reg <= P_ZERO ;                       
 			RDC12_D14_reg <= P_ZERO ;                       
 			RDC12_D15_reg <= P_ZERO ;                       
 			RDC12_D16_reg <= P_ZERO ;                       
 			RDC12_D17_reg <= P_ZERO ;                       
 			RDC12_D18_reg <= P_ZERO ;                       
 			RDC12_D19_reg <= P_ZERO ;                       
 			RDC12_D20_reg <= P_ZERO ;                       
 			RDC12_D21_reg <= P_ZERO ;                       
 			RDC12_D_out   <= P_ZERO ;                       
 			//                                              
 			RDC13_D0_reg  <= P_ZERO ;                       
 			RDC13_D1_reg  <= P_ZERO;                        
 			RDC13_D2_reg  <= P_ZERO;                        
 			RDC13_D3_reg  <= P_ZERO;                        
 			RDC13_D4_reg  <= P_ZERO;                        
 			RDC13_D5_reg  <= P_ZERO;                        
 			RDC13_D6_reg  <= P_ZERO;                        
 			RDC13_D7_reg  <= P_ZERO;                        
 			RDC13_D8_reg  <= P_ZERO;                        
 			RDC13_D9_reg  <= P_ZERO;                        
 			RDC13_D10_reg <= P_ZERO;                        
 			RDC13_D11_reg <= P_ZERO ;                       
 			RDC13_D12_reg <= P_ZERO ;                       
 			RDC13_D13_reg <= P_ZERO ;                       
 			RDC13_D14_reg <= P_ZERO ;                       
 			RDC13_D15_reg <= P_ZERO ;                       
 			RDC13_D16_reg <= P_ZERO ;                       
 			RDC13_D17_reg <= P_ZERO ;                       
 			RDC13_D18_reg <= P_ZERO ;                       
 			RDC13_D19_reg <= P_ZERO ;                       
 			RDC13_D20_reg <= P_ZERO ;                       
 			RDC13_D21_reg <= P_ZERO ;                       
 			RDC13_D_out   <= P_ZERO ;                       
 			//                                              
 			RDC14_D0_reg  <= P_ZERO ;                       
 			RDC14_D1_reg  <= P_ZERO;                        
 			RDC14_D2_reg  <= P_ZERO;                        
 			RDC14_D3_reg  <= P_ZERO;                        
 			RDC14_D4_reg  <= P_ZERO;                        
 			RDC14_D5_reg  <= P_ZERO;                        
 			RDC14_D6_reg  <= P_ZERO;                        
 			RDC14_D7_reg  <= P_ZERO;                        
 			RDC14_D8_reg  <= P_ZERO;                        
 			RDC14_D9_reg  <= P_ZERO;                        
 			RDC14_D10_reg <= P_ZERO;                        
 			RDC14_D11_reg <= P_ZERO ;                       
 			RDC14_D12_reg <= P_ZERO ;                       
 			RDC14_D13_reg <= P_ZERO ;                       
 			RDC14_D14_reg <= P_ZERO ;                       
 			RDC14_D15_reg <= P_ZERO ;                       
 			RDC14_D16_reg <= P_ZERO ;                       
 			RDC14_D17_reg <= P_ZERO ;                       
 			RDC14_D18_reg <= P_ZERO ;                       
 			RDC14_D19_reg <= P_ZERO ;                       
 			RDC14_D20_reg <= P_ZERO ;                       
 			RDC14_D21_reg <= P_ZERO ;                       
 			RDC14_D_out   <= P_ZERO ;                       
 			//                                              
 			RDC15_D0_reg  <= P_ZERO ;                       
 			RDC15_D1_reg  <= P_ZERO;                        
 			RDC15_D2_reg  <= P_ZERO;                        
 			RDC15_D3_reg  <= P_ZERO;                        
 			RDC15_D4_reg  <= P_ZERO;                        
 			RDC15_D5_reg  <= P_ZERO;                        
 			RDC15_D6_reg  <= P_ZERO;                        
 			RDC15_D7_reg  <= P_ZERO;                        
 			RDC15_D8_reg  <= P_ZERO;                        
 			RDC15_D9_reg  <= P_ZERO;                        
 			RDC15_D10_reg <= P_ZERO;                        
 			RDC15_D11_reg <= P_ZERO ;                       
 			RDC15_D12_reg <= P_ZERO ;                       
 			RDC15_D13_reg <= P_ZERO ;                       
 			RDC15_D14_reg <= P_ZERO ;                       
 			RDC15_D15_reg <= P_ZERO ;                       
 			RDC15_D16_reg <= P_ZERO ;                       
 			RDC15_D17_reg <= P_ZERO ;                       
 			RDC15_D18_reg <= P_ZERO ;                       
 			RDC15_D19_reg <= P_ZERO ;                       
 			RDC15_D20_reg <= P_ZERO ;                       
 			RDC15_D21_reg <= P_ZERO ;                       
 			RDC15_D_out   <= P_ZERO ;                       
 		end                                                 
 		else begin                                          
 			RDC0_D0_reg  <= RDC0_in ;                       
 			RDC0_D1_reg  <= RDC0_D0_reg ;                   
 			RDC0_D2_reg  <= RDC0_D1_reg ;                   
 			RDC0_D3_reg  <= RDC0_D2_reg ;                   
 			RDC0_D4_reg  <= RDC0_D3_reg ;                   
 			RDC0_D5_reg  <= RDC0_D4_reg ;                   
 			RDC0_D6_reg  <= RDC0_D5_reg ;                   
 			RDC0_D7_reg  <= RDC0_D6_reg ;                   
 			RDC0_D8_reg  <= RDC0_D7_reg ;                   
 			RDC0_D9_reg  <= RDC0_D8_reg ;                   
 			RDC0_D10_reg <= RDC0_D9_reg ;                   
 			RDC0_D11_reg <= RDC0_D10_reg ;                  
 			RDC0_D12_reg <= RDC0_D11_reg ;                  
 			RDC0_D13_reg <= RDC0_D12_reg ;                  
 			RDC0_D14_reg <= RDC0_D13_reg ;                  
 			RDC0_D15_reg <= RDC0_D14_reg ;                  
 			RDC0_D16_reg <= RDC0_D15_reg ;                  
 			RDC0_D17_reg <= RDC0_D16_reg ;                  
 			RDC0_D18_reg <= RDC0_D17_reg ;                  
 			RDC0_D19_reg <= RDC0_D18_reg ;                  
 			RDC0_D20_reg <= RDC0_D19_reg ;                  
 			RDC0_D21_reg <= RDC0_D20_reg ;                  
 			RDC0_D_out   <= RDC0_D21_reg ;                  
 			//                                              
 			RDC1_D0_reg  <= RDC1_in ;                       
 			RDC1_D1_reg  <= RDC1_D0_reg ;                   
 			RDC1_D2_reg  <= RDC1_D1_reg ;                   
 			RDC1_D3_reg  <= RDC1_D2_reg ;                   
 			RDC1_D4_reg  <= RDC1_D3_reg ;                   
 			RDC1_D5_reg  <= RDC1_D4_reg ;                   
 			RDC1_D6_reg  <= RDC1_D5_reg ;                   
 			RDC1_D7_reg  <= RDC1_D6_reg ;                   
 			RDC1_D8_reg  <= RDC1_D7_reg ;                   
 			RDC1_D9_reg  <= RDC1_D8_reg ;                   
 			RDC1_D10_reg <= RDC1_D9_reg ;                   
 			RDC1_D11_reg <= RDC1_D10_reg ;                  
 			RDC1_D12_reg <= RDC1_D11_reg ;                  
 			RDC1_D13_reg <= RDC1_D12_reg ;                  
 			RDC1_D14_reg <= RDC1_D13_reg ;                  
 			RDC1_D15_reg <= RDC1_D14_reg ;                  
 			RDC1_D16_reg <= RDC1_D15_reg ;                  
 			RDC1_D17_reg <= RDC1_D16_reg ;                  
 			RDC1_D18_reg <= RDC1_D17_reg ;                  
 			RDC1_D19_reg <= RDC1_D18_reg ;                  
 			RDC1_D20_reg <= RDC1_D19_reg ;                  
 			RDC1_D21_reg <= RDC1_D20_reg ;                  
 			RDC1_D_out   <= RDC1_D21_reg ;                  
 			//                                              
 			RDC2_D0_reg  <= RDC2_in ;                       
 			RDC2_D1_reg  <= RDC2_D0_reg ;                   
 			RDC2_D2_reg  <= RDC2_D1_reg ;                   
 			RDC2_D3_reg  <= RDC2_D2_reg ;                   
 			RDC2_D4_reg  <= RDC2_D3_reg ;                   
 			RDC2_D5_reg  <= RDC2_D4_reg ;                   
 			RDC2_D6_reg  <= RDC2_D5_reg ;                   
 			RDC2_D7_reg  <= RDC2_D6_reg ;                   
 			RDC2_D8_reg  <= RDC2_D7_reg ;                   
 			RDC2_D9_reg  <= RDC2_D8_reg ;                   
 			RDC2_D10_reg <= RDC2_D9_reg ;                   
 			RDC2_D11_reg <= RDC2_D10_reg ;                  
 			RDC2_D12_reg <= RDC2_D11_reg ;                  
 			RDC2_D13_reg <= RDC2_D12_reg ;                  
 			RDC2_D14_reg <= RDC2_D13_reg ;                  
 			RDC2_D15_reg <= RDC2_D14_reg ;                  
 			RDC2_D16_reg <= RDC2_D15_reg ;                  
 			RDC2_D17_reg <= RDC2_D16_reg ;                  
 			RDC2_D18_reg <= RDC2_D17_reg ;                  
 			RDC2_D19_reg <= RDC2_D18_reg ;                  
 			RDC2_D20_reg <= RDC2_D19_reg ;                  
 			RDC2_D21_reg <= RDC2_D20_reg ;                  
 			RDC2_D_out   <= RDC2_D21_reg ;                  
 			//                                              
 			RDC3_D0_reg  <= RDC3_in ;                       
 			RDC3_D1_reg  <= RDC3_D0_reg ;                   
 			RDC3_D2_reg  <= RDC3_D1_reg ;                   
 			RDC3_D3_reg  <= RDC3_D2_reg ;                   
 			RDC3_D4_reg  <= RDC3_D3_reg ;                   
 			RDC3_D5_reg  <= RDC3_D4_reg ;                   
 			RDC3_D6_reg  <= RDC3_D5_reg ;                   
 			RDC3_D7_reg  <= RDC3_D6_reg ;                   
 			RDC3_D8_reg  <= RDC3_D7_reg ;                   
 			RDC3_D9_reg  <= RDC3_D8_reg ;                   
 			RDC3_D10_reg <= RDC3_D9_reg ;                   
 			RDC3_D11_reg <= RDC3_D10_reg ;                  
 			RDC3_D12_reg <= RDC3_D11_reg ;                  
 			RDC3_D13_reg <= RDC3_D12_reg ;                  
 			RDC3_D14_reg <= RDC3_D13_reg ;                  
 			RDC3_D15_reg <= RDC3_D14_reg ;                  
 			RDC3_D16_reg <= RDC3_D15_reg ;                  
 			RDC3_D17_reg <= RDC3_D16_reg ;                  
 			RDC3_D18_reg <= RDC3_D17_reg ;                  
 			RDC3_D19_reg <= RDC3_D18_reg ;                  
 			RDC3_D20_reg <= RDC3_D19_reg ;                  
 			RDC3_D21_reg <= RDC3_D20_reg ;                  
 			RDC3_D_out   <= RDC3_D21_reg ;                  
 			//                                              
 			RDC4_D0_reg  <= RDC4_in ;                       
 			RDC4_D1_reg  <= RDC4_D0_reg ;                   
 			RDC4_D2_reg  <= RDC4_D1_reg ;                   
 			RDC4_D3_reg  <= RDC4_D2_reg ;                   
 			RDC4_D4_reg  <= RDC4_D3_reg ;                   
 			RDC4_D5_reg  <= RDC4_D4_reg ;                   
 			RDC4_D6_reg  <= RDC4_D5_reg ;                   
 			RDC4_D7_reg  <= RDC4_D6_reg ;                   
 			RDC4_D8_reg  <= RDC4_D7_reg ;                   
 			RDC4_D9_reg  <= RDC4_D8_reg ;                   
 			RDC4_D10_reg <= RDC4_D9_reg ;                   
 			RDC4_D11_reg <= RDC4_D10_reg ;                  
 			RDC4_D12_reg <= RDC4_D11_reg ;                  
 			RDC4_D13_reg <= RDC4_D12_reg ;                  
 			RDC4_D14_reg <= RDC4_D13_reg ;                  
 			RDC4_D15_reg <= RDC4_D14_reg ;                  
 			RDC4_D16_reg <= RDC4_D15_reg ;                  
 			RDC4_D17_reg <= RDC4_D16_reg ;                  
 			RDC4_D18_reg <= RDC4_D17_reg ;                  
 			RDC4_D19_reg <= RDC4_D18_reg ;                  
 			RDC4_D20_reg <= RDC4_D19_reg ;                  
 			RDC4_D21_reg <= RDC4_D20_reg ;                  
 			RDC4_D_out   <= RDC4_D21_reg ;                  
 			//                                              
 			RDC5_D0_reg  <= RDC5_in ;                       
 			RDC5_D1_reg  <= RDC5_D0_reg ;                   
 			RDC5_D2_reg  <= RDC5_D1_reg ;                   
 			RDC5_D3_reg  <= RDC5_D2_reg ;                   
 			RDC5_D4_reg  <= RDC5_D3_reg ;                   
 			RDC5_D5_reg  <= RDC5_D4_reg ;                   
 			RDC5_D6_reg  <= RDC5_D5_reg ;                   
 			RDC5_D7_reg  <= RDC5_D6_reg ;                   
 			RDC5_D8_reg  <= RDC5_D7_reg ;                   
 			RDC5_D9_reg  <= RDC5_D8_reg ;                   
 			RDC5_D10_reg <= RDC5_D9_reg ;                   
 			RDC5_D11_reg <= RDC5_D10_reg ;                  
 			RDC5_D12_reg <= RDC5_D11_reg ;                  
 			RDC5_D13_reg <= RDC5_D12_reg ;                  
 			RDC5_D14_reg <= RDC5_D13_reg ;                  
 			RDC5_D15_reg <= RDC5_D14_reg ;                  
 			RDC5_D16_reg <= RDC5_D15_reg ;                  
 			RDC5_D17_reg <= RDC5_D16_reg ;                  
 			RDC5_D18_reg <= RDC5_D17_reg ;                  
 			RDC5_D19_reg <= RDC5_D18_reg ;                  
 			RDC5_D20_reg <= RDC5_D19_reg ;                  
 			RDC5_D21_reg <= RDC5_D20_reg ;                  
 			RDC5_D_out   <= RDC5_D21_reg ;                  
 			//                                              
 			RDC6_D0_reg  <= RDC6_in ;                       
 			RDC6_D1_reg  <= RDC6_D0_reg ;                   
 			RDC6_D2_reg  <= RDC6_D1_reg ;                   
 			RDC6_D3_reg  <= RDC6_D2_reg ;                   
 			RDC6_D4_reg  <= RDC6_D3_reg ;                   
 			RDC6_D5_reg  <= RDC6_D4_reg ;                   
 			RDC6_D6_reg  <= RDC6_D5_reg ;                   
 			RDC6_D7_reg  <= RDC6_D6_reg ;                   
 			RDC6_D8_reg  <= RDC6_D7_reg ;                   
 			RDC6_D9_reg  <= RDC6_D8_reg ;                   
 			RDC6_D10_reg <= RDC6_D9_reg ;                   
 			RDC6_D11_reg <= RDC6_D10_reg ;                  
 			RDC6_D12_reg <= RDC6_D11_reg ;                  
 			RDC6_D13_reg <= RDC6_D12_reg ;                  
 			RDC6_D14_reg <= RDC6_D13_reg ;                  
 			RDC6_D15_reg <= RDC6_D14_reg ;                  
 			RDC6_D16_reg <= RDC6_D15_reg ;                  
 			RDC6_D17_reg <= RDC6_D16_reg ;                  
 			RDC6_D18_reg <= RDC6_D17_reg ;                  
 			RDC6_D19_reg <= RDC6_D18_reg ;                  
 			RDC6_D20_reg <= RDC6_D19_reg ;                  
 			RDC6_D21_reg <= RDC6_D20_reg ;                  
 			RDC6_D_out   <= RDC6_D21_reg ;                  
 			//                                              
 			RDC7_D0_reg  <= RDC7_in ;                       
 			RDC7_D1_reg  <= RDC7_D0_reg ;                   
 			RDC7_D2_reg  <= RDC7_D1_reg ;                   
 			RDC7_D3_reg  <= RDC7_D2_reg ;                   
 			RDC7_D4_reg  <= RDC7_D3_reg ;                   
 			RDC7_D5_reg  <= RDC7_D4_reg ;                   
 			RDC7_D6_reg  <= RDC7_D5_reg ;                   
 			RDC7_D7_reg  <= RDC7_D6_reg ;                   
 			RDC7_D8_reg  <= RDC7_D7_reg ;                   
 			RDC7_D9_reg  <= RDC7_D8_reg ;                   
 			RDC7_D10_reg <= RDC7_D9_reg ;                   
 			RDC7_D11_reg <= RDC7_D10_reg ;                  
 			RDC7_D12_reg <= RDC7_D11_reg ;                  
 			RDC7_D13_reg <= RDC7_D12_reg ;                  
 			RDC7_D14_reg <= RDC7_D13_reg ;                  
 			RDC7_D15_reg <= RDC7_D14_reg ;                  
 			RDC7_D16_reg <= RDC7_D15_reg ;                  
 			RDC7_D17_reg <= RDC7_D16_reg ;                  
 			RDC7_D18_reg <= RDC7_D17_reg ;                  
 			RDC7_D19_reg <= RDC7_D18_reg ;                  
 			RDC7_D20_reg <= RDC7_D19_reg ;                  
 			RDC7_D21_reg <= RDC7_D20_reg ;                  
 			RDC7_D_out   <= RDC7_D21_reg ;                  
 			//                                              
 			RDC8_D0_reg  <= RDC8_in ;                       
 			RDC8_D1_reg  <= RDC8_D0_reg ;                   
 			RDC8_D2_reg  <= RDC8_D1_reg ;                   
 			RDC8_D3_reg  <= RDC8_D2_reg ;                   
 			RDC8_D4_reg  <= RDC8_D3_reg ;                   
 			RDC8_D5_reg  <= RDC8_D4_reg ;                   
 			RDC8_D6_reg  <= RDC8_D5_reg ;                   
 			RDC8_D7_reg  <= RDC8_D6_reg ;                   
 			RDC8_D8_reg  <= RDC8_D7_reg ;                   
 			RDC8_D9_reg  <= RDC8_D8_reg ;                   
 			RDC8_D10_reg <= RDC8_D9_reg ;                   
 			RDC8_D11_reg <= RDC8_D10_reg ;                  
 			RDC8_D12_reg <= RDC8_D11_reg ;                  
 			RDC8_D13_reg <= RDC8_D12_reg ;                  
 			RDC8_D14_reg <= RDC8_D13_reg ;                  
 			RDC8_D15_reg <= RDC8_D14_reg ;                  
 			RDC8_D16_reg <= RDC8_D15_reg ;                  
 			RDC8_D17_reg <= RDC8_D16_reg ;                  
 			RDC8_D18_reg <= RDC8_D17_reg ;                  
 			RDC8_D19_reg <= RDC8_D18_reg ;                  
 			RDC8_D20_reg <= RDC8_D19_reg ;                  
 			RDC8_D21_reg <= RDC8_D20_reg ;                  
 			RDC8_D_out   <= RDC8_D21_reg ;                  
 			//                                              
 			RDC9_D0_reg  <= RDC9_in ;                       
 			RDC9_D1_reg  <= RDC9_D0_reg ;                   
 			RDC9_D2_reg  <= RDC9_D1_reg ;                   
 			RDC9_D3_reg  <= RDC9_D2_reg ;                   
 			RDC9_D4_reg  <= RDC9_D3_reg ;                   
 			RDC9_D5_reg  <= RDC9_D4_reg ;                   
 			RDC9_D6_reg  <= RDC9_D5_reg ;                   
 			RDC9_D7_reg  <= RDC9_D6_reg ;                   
 			RDC9_D8_reg  <= RDC9_D7_reg ;                   
 			RDC9_D9_reg  <= RDC9_D8_reg ;                   
 			RDC9_D10_reg <= RDC9_D9_reg ;                   
 			RDC9_D11_reg <= RDC9_D10_reg ;                  
 			RDC9_D12_reg <= RDC9_D11_reg ;                  
 			RDC9_D13_reg <= RDC9_D12_reg ;                  
 			RDC9_D14_reg <= RDC9_D13_reg ;                  
 			RDC9_D15_reg <= RDC9_D14_reg ;                  
 			RDC9_D16_reg <= RDC9_D15_reg ;                  
 			RDC9_D17_reg <= RDC9_D16_reg ;                  
 			RDC9_D18_reg <= RDC9_D17_reg ;                  
 			RDC9_D19_reg <= RDC9_D18_reg ;                  
 			RDC9_D20_reg <= RDC9_D19_reg ;                  
 			RDC9_D21_reg <= RDC9_D20_reg ;                  
 			RDC9_D_out   <= RDC9_D21_reg ;                  
 			//                                              
 			RDC10_D0_reg  <= RDC10_in ;                     
 			RDC10_D1_reg  <= RDC10_D0_reg ;                 
 			RDC10_D2_reg  <= RDC10_D1_reg ;                 
 			RDC10_D3_reg  <= RDC10_D2_reg ;                 
 			RDC10_D4_reg  <= RDC10_D3_reg ;                 
 			RDC10_D5_reg  <= RDC10_D4_reg ;                 
 			RDC10_D6_reg  <= RDC10_D5_reg ;                 
 			RDC10_D7_reg  <= RDC10_D6_reg ;                 
 			RDC10_D8_reg  <= RDC10_D7_reg ;                 
 			RDC10_D9_reg  <= RDC10_D8_reg ;                 
 			RDC10_D10_reg <= RDC10_D9_reg ;                 
 			RDC10_D11_reg <= RDC10_D10_reg ;                
 			RDC10_D12_reg <= RDC10_D11_reg ;                
 			RDC10_D13_reg <= RDC10_D12_reg ;                
 			RDC10_D14_reg <= RDC10_D13_reg ;                
 			RDC10_D15_reg <= RDC10_D14_reg ;                
 			RDC10_D16_reg <= RDC10_D15_reg ;                
 			RDC10_D17_reg <= RDC10_D16_reg ;                
 			RDC10_D18_reg <= RDC10_D17_reg ;                
 			RDC10_D19_reg <= RDC10_D18_reg ;                
 			RDC10_D20_reg <= RDC10_D19_reg ;                
 			RDC10_D21_reg <= RDC10_D20_reg ;                
 			RDC10_D_out   <= RDC10_D21_reg ;                
 			//                                              
 			RDC11_D0_reg  <= RDC11_in ;                     
 			RDC11_D1_reg  <= RDC11_D0_reg ;                 
 			RDC11_D2_reg  <= RDC11_D1_reg ;                 
 			RDC11_D3_reg  <= RDC11_D2_reg ;                 
 			RDC11_D4_reg  <= RDC11_D3_reg ;                 
 			RDC11_D5_reg  <= RDC11_D4_reg ;                 
 			RDC11_D6_reg  <= RDC11_D5_reg ;                 
 			RDC11_D7_reg  <= RDC11_D6_reg ;                 
 			RDC11_D8_reg  <= RDC11_D7_reg ;                 
 			RDC11_D9_reg  <= RDC11_D8_reg ;                 
 			RDC11_D10_reg <= RDC11_D9_reg ;                 
 			RDC11_D11_reg <= RDC11_D10_reg ;                
 			RDC11_D12_reg <= RDC11_D11_reg ;                
 			RDC11_D13_reg <= RDC11_D12_reg ;                
 			RDC11_D14_reg <= RDC11_D13_reg ;                
 			RDC11_D15_reg <= RDC11_D14_reg ;                
 			RDC11_D16_reg <= RDC11_D15_reg ;                
 			RDC11_D17_reg <= RDC11_D16_reg ;                
 			RDC11_D18_reg <= RDC11_D17_reg ;                
 			RDC11_D19_reg <= RDC11_D18_reg ;                
 			RDC11_D20_reg <= RDC11_D19_reg ;                
 			RDC11_D21_reg <= RDC11_D20_reg ;                
 			RDC11_D_out   <= RDC11_D21_reg ;                
 			//                                              
 			RDC12_D0_reg  <= RDC12_in ;                     
 			RDC12_D1_reg  <= RDC12_D0_reg ;                 
 			RDC12_D2_reg  <= RDC12_D1_reg ;                 
 			RDC12_D3_reg  <= RDC12_D2_reg ;                 
 			RDC12_D4_reg  <= RDC12_D3_reg ;                 
 			RDC12_D5_reg  <= RDC12_D4_reg ;                 
 			RDC12_D6_reg  <= RDC12_D5_reg ;                 
 			RDC12_D7_reg  <= RDC12_D6_reg ;                 
 			RDC12_D8_reg  <= RDC12_D7_reg ;                 
 			RDC12_D9_reg  <= RDC12_D8_reg ;                 
 			RDC12_D10_reg <= RDC12_D9_reg ;                 
 			RDC12_D11_reg <= RDC12_D10_reg ;                
 			RDC12_D12_reg <= RDC12_D11_reg ;                
 			RDC12_D13_reg <= RDC12_D12_reg ;                
 			RDC12_D14_reg <= RDC12_D13_reg ;                
 			RDC12_D15_reg <= RDC12_D14_reg ;                
 			RDC12_D16_reg <= RDC12_D15_reg ;                
 			RDC12_D17_reg <= RDC12_D16_reg ;                
 			RDC12_D18_reg <= RDC12_D17_reg ;                
 			RDC12_D19_reg <= RDC12_D18_reg ;                
 			RDC12_D20_reg <= RDC12_D19_reg ;                
 			RDC12_D21_reg <= RDC12_D20_reg ;                
 			RDC12_D_out   <= RDC12_D21_reg ;                
 			//                                              
 			RDC13_D0_reg  <= RDC13_in ;                     
 			RDC13_D1_reg  <= RDC13_D0_reg ;                 
 			RDC13_D2_reg  <= RDC13_D1_reg ;                 
 			RDC13_D3_reg  <= RDC13_D2_reg ;                 
 			RDC13_D4_reg  <= RDC13_D3_reg ;                 
 			RDC13_D5_reg  <= RDC13_D4_reg ;                 
 			RDC13_D6_reg  <= RDC13_D5_reg ;                 
 			RDC13_D7_reg  <= RDC13_D6_reg ;                 
 			RDC13_D8_reg  <= RDC13_D7_reg ;                 
 			RDC13_D9_reg  <= RDC13_D8_reg ;                 
 			RDC13_D10_reg <= RDC13_D9_reg ;                 
 			RDC13_D11_reg <= RDC13_D10_reg ;                
 			RDC13_D12_reg <= RDC13_D11_reg ;                
 			RDC13_D13_reg <= RDC13_D12_reg ;                
 			RDC13_D14_reg <= RDC13_D13_reg ;                
 			RDC13_D15_reg <= RDC13_D14_reg ;                
 			RDC13_D16_reg <= RDC13_D15_reg ;                
 			RDC13_D17_reg <= RDC13_D16_reg ;                
 			RDC13_D18_reg <= RDC13_D17_reg ;                
 			RDC13_D19_reg <= RDC13_D18_reg ;                
 			RDC13_D20_reg <= RDC13_D19_reg ;                
 			RDC13_D21_reg <= RDC13_D20_reg ;                
 			RDC13_D_out   <= RDC13_D21_reg ;                
 			//                                              
 			RDC14_D0_reg  <= RDC14_in ;                     
 			RDC14_D1_reg  <= RDC14_D0_reg ;                 
 			RDC14_D2_reg  <= RDC14_D1_reg ;                 
 			RDC14_D3_reg  <= RDC14_D2_reg ;                 
 			RDC14_D4_reg  <= RDC14_D3_reg ;                 
 			RDC14_D5_reg  <= RDC14_D4_reg ;                 
 			RDC14_D6_reg  <= RDC14_D5_reg ;                 
 			RDC14_D7_reg  <= RDC14_D6_reg ;                 
 			RDC14_D8_reg  <= RDC14_D7_reg ;                 
 			RDC14_D9_reg  <= RDC14_D8_reg ;                 
 			RDC14_D10_reg <= RDC14_D9_reg ;                 
 			RDC14_D11_reg <= RDC14_D10_reg ;                
 			RDC14_D12_reg <= RDC14_D11_reg ;                
 			RDC14_D13_reg <= RDC14_D12_reg ;                
 			RDC14_D14_reg <= RDC14_D13_reg ;                
 			RDC14_D15_reg <= RDC14_D14_reg ;                
 			RDC14_D16_reg <= RDC14_D15_reg ;                
 			RDC14_D17_reg <= RDC14_D16_reg ;                
 			RDC14_D18_reg <= RDC14_D17_reg ;                
 			RDC14_D19_reg <= RDC14_D18_reg ;                
 			RDC14_D20_reg <= RDC14_D19_reg ;                
 			RDC14_D21_reg <= RDC14_D20_reg ;                
 			RDC14_D_out   <= RDC14_D21_reg ;                
 			//                                              
 			RDC15_D0_reg  <= RDC15_in ;                     
 			RDC15_D1_reg  <= RDC15_D0_reg ;                 
 			RDC15_D2_reg  <= RDC15_D1_reg ;                 
 			RDC15_D3_reg  <= RDC15_D2_reg ;                 
 			RDC15_D4_reg  <= RDC15_D3_reg ;                 
 			RDC15_D5_reg  <= RDC15_D4_reg ;                 
 			RDC15_D6_reg  <= RDC15_D5_reg ;                 
 			RDC15_D7_reg  <= RDC15_D6_reg ;                 
 			RDC15_D8_reg  <= RDC15_D7_reg ;                 
 			RDC15_D9_reg  <= RDC15_D8_reg ;                 
 			RDC15_D10_reg <= RDC15_D9_reg ;                 
 			RDC15_D11_reg <= RDC15_D10_reg ;                
 			RDC15_D12_reg <= RDC15_D11_reg ;                
 			RDC15_D13_reg <= RDC15_D12_reg ;                
 			RDC15_D14_reg <= RDC15_D13_reg ;                
 			RDC15_D15_reg <= RDC15_D14_reg ;                
 			RDC15_D16_reg <= RDC15_D15_reg ;                
 			RDC15_D17_reg <= RDC15_D16_reg ;                
 			RDC15_D18_reg <= RDC15_D17_reg ;                
 			RDC15_D19_reg <= RDC15_D18_reg ;                
 			RDC15_D20_reg <= RDC15_D19_reg ;                
 			RDC15_D21_reg <= RDC15_D20_reg ;                
 			RDC15_D_out   <= RDC15_D21_reg ;                
 		end                                                 
 	end                                                     
 endmodule